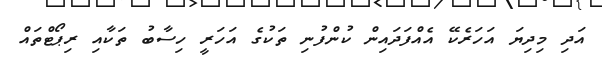
އަދި މިދިޔަ އަހަރެކޭ އެއްފަދައިން ކުންފުނި ތަކުގެ އަހަރީ ހިސާބު ތަކާއި ރިޕޯޓްތައް